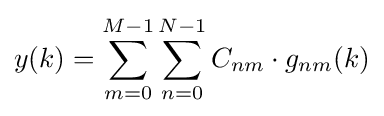
y(k)=\sum _{m=0}^{M-1}\sum _{n=0}^{N-1}C_{nm}\cdot g_{nm}(k)